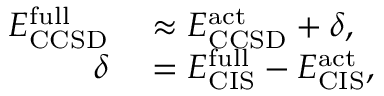
\begin{array} { r l } { E _ { \mathrm { C C S D } } ^ { \mathrm { f u l l } } } & { { } \approx E _ { \mathrm { C C S D } } ^ { \mathrm { a c t } } + \delta , } \\ { \delta } & { { } = E _ { \mathrm { C I S } } ^ { \mathrm { f u l l } } - E _ { \mathrm { C I S } } ^ { \mathrm { a c t } } , } \end{array}